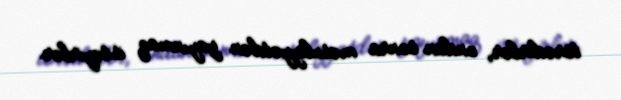
törədirlər, ondan sonra məsuliyyətdən yayınmaq istəyirlər.